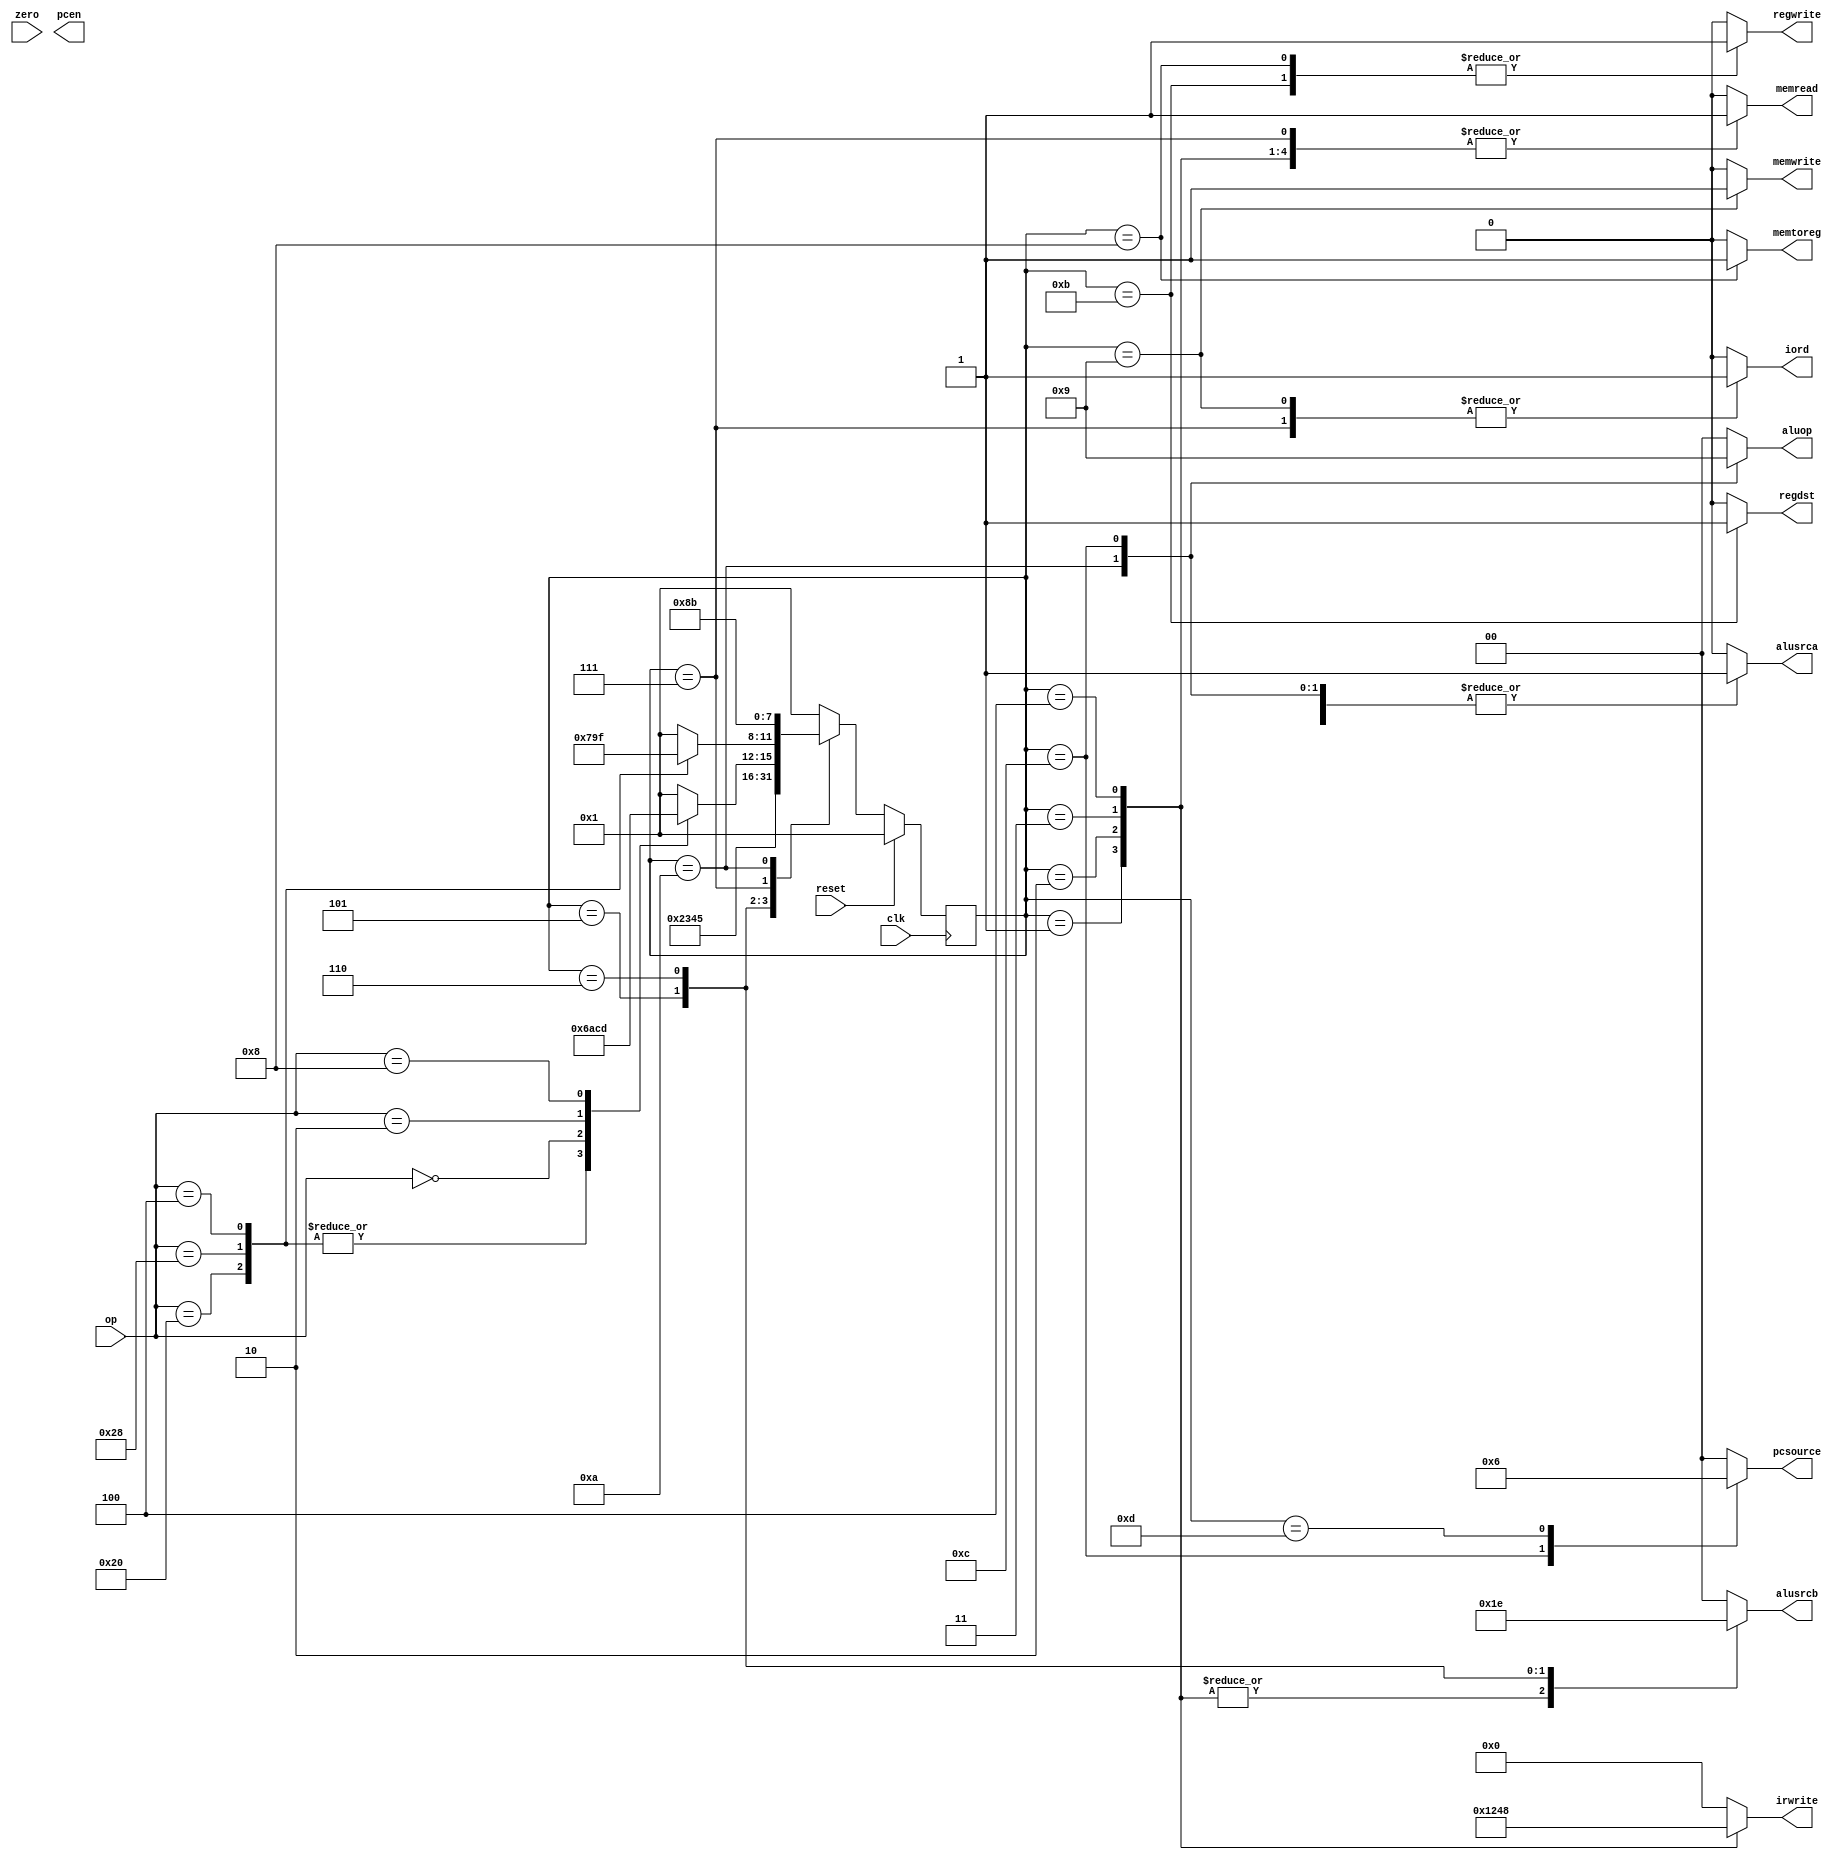
`timescale 1ns/10ps
module controller(clk, reset, op, zero, memread, memwrite, alusrca, memtoreg, iord, pcen, regwrite, regdst, pcsource, alusrcb, aluop, irwrite) ;

   // INPUTS (3)
   input  [5:0]   op         ;	// OPCODE
   input          clk, reset ;
   input          zero       ;
   

   // OUTPUTS (12)
   output         alusrca    ;	// ALUSrcA
   output [1:0]   alusrcb    ;	// ALUSrcB
   output [1:0]   aluop      ;	// ALUOp
//   output         branch     ;	// Branch
   output         iord       ;	// IorD
   output [3:0]   irwrite    ;	// irwrite [0] = IRWrite0, irwrite[1] = IRWrite1, etc.
   output         memread    ;	// MemRead
   output         memwrite   ;	// MemWrite
   output         memtoreg   ;	// MemtoReg
//   output         pcwrite    ;	// PCWrite
   output [1:0]   pcsource   ;	// PCSrc
   output         regwrite   ;	// RegWrite
   output	  regdst     ;	// RegDst
   output         pcen       ;

   // REGISTERS
   reg 	       alusrca    ;
   reg [1:0]   alusrcb    ;	// ALUSrcB
   reg [1:0]   aluop      ;	// ALUOp
   reg         branch     ;	// Branch
   reg         iord       ;	// IorD
   reg [3:0]   irwrite    ;	// irwrite [0] = IRWrite0, irwrite[1] = IRWrite1, etc.
   reg         memread    ;	// MemRead
   reg         memwrite   ;	// MemWrite
   reg         memtoreg   ;	// MemtoReg
   reg [1:0]   pcsource   ;
   reg         regwrite   ;	// PCSrc
   reg	       regdst     ;
   // TODO


   // STATES (12)
   //
   parameter      FETCH1  =  4'b0001;	// state 0
   parameter      FETCH2  =  4'b0010;	// state 1
   parameter      FETCH3  =  4'b0011;	// state 2 
   parameter      FETCH4  =  4'b0100;	// state 3
   parameter      DECODE  =  4'b0101;   // state 4
   parameter      MEMADR  =  4'b0110;	// state 5
   parameter      LBRD    =  4'b0111;	// state 6
   parameter      LBWR    =  4'b1000;	// state 7
   parameter      SBWR    =  4'b1001;	// state 8
   parameter      RTYPEEX =  4'b1010;	// state 9
   parameter      RTYPEWR =  4'b1011;	// state 10
   parameter      BEQEX   =  4'b1100;	// state 11
   parameter      JEX     =  4'b1101;	// state 12
   parameter      ADDIWR  =  4'b1111;

   // OPCODES  -- Make input decoding simpler
   // 
   parameter      LB      =  6'b100000;	// load byte
   parameter      SB      =  6'b101000; // store byte
   parameter      RTYPE   =  6'b0; // TODO - see lecture 4b 
   parameter      BEQ     =  6'b000010; // TODO
   parameter      J       =  6'b001000; // TODO
   parameter      ADDI    =  6'b000100;

   // STATE REGISTERS
   reg [3:0] state, nextstate;
   reg pcwrite, pcwritecond;

   // state register
   always @(posedge clk)
    if(reset)state <= FETCH1;
    else state <= nextstate;
      // TODO
	
   // next state logic
   always @(*)
    begin
     case(state)
      FETCH1 : nextstate <= FETCH2;
      FETCH2 : nextstate <= FETCH3;
      FETCH3 : nextstate <= FETCH4;
      FETCH4 : nextstate <= DECODE;
      DECODE : case(op)
                LB : nextstate <= MEMADR;
                SB : nextstate <= MEMADR;
                ADDI : nextstate <= MEMADR;
                RTYPE : nextstate <= RTYPEEX;
                BEQ : nextstate <= BEQEX;
                J : nextstate <= JEX;
                default : nextstate <= FETCH1;
               endcase
      MEMADR : case(op)
                LB : nextstate <= LBRD;
                SB : nextstate <= SBWR;
                ADDI : nextstate <= ADDIWR;
                default : nextstate <= FETCH1;
               endcase
      LBRD   : nextstate <= LBWR;
      LBWR   : nextstate <= FETCH1;
      SBWR   : nextstate <= FETCH1;
      RTYPEEX: nextstate <= RTYPEWR;
      RTYPEWR: nextstate <= FETCH1;
      BEQEX  : nextstate <= FETCH1;
      JEX    : nextstate <= FETCH1;
      ADDIWR : nextstate <= FETCH1;
      default: nextstate <= FETCH1;
     endcase
    end

      // TODO

   // registered outputs
   always @(*)
    begin
     irwrite <= 4'b0000;
     pcwrite <= 0; pcwrite <=0;
     regwrite <= 0; regdst <= 0;
     memread <= 0; memwrite <= 0;
     alusrca <= 0; alusrcb <= 2'b00;
     aluop <= 2'b00; pcsource <= 2'b00;
     iord <= 0; memtoreg <= 0;
     branch <= 0;
     case(state)
      FETCH1:
       begin
        memread <= 1;
        irwrite <= 4'b0001;
        alusrcb <= 2'b01;
        pcwrite <= 1;
       end
      FETCH2:
       begin
        memread <= 1;
        irwrite <= 4'b0010;
        alusrcb <= 2'b01;
        pcwrite <= 1;
       end
      FETCH3:
       begin
        memread <= 1;
        irwrite <= 4'b0100;
        alusrcb <= 2'b01;
        pcwrite <= 1;
       end
      FETCH4:
       begin
        memread <= 1;
        irwrite <= 4'b1000;
        alusrcb <= 2'b01;
        pcwrite <= 1;
       end
      DECODE: alusrcb <= 2'b11;
      MEMADR: 
       begin
        alusrca <= 1;
        alusrcb <= 2'b10;
        aluop <= 2'b00;
       end
      LBRD:
       begin
        memread <= 1;
        iord <= 1;
       end
      LBWR:
       begin
        regdst <= 0; 
        regwrite <= 1;
        memtoreg <= 1;
       end
      SBWR:
       begin
        memwrite <= 1;
        iord <= 1;
       end
      ADDIWR:
       begin
        alusrca <= 0;
       end
      RTYPEEX:
       begin
        alusrca <= 1;
        alusrcb <= 2'b00;
        aluop <= 2'b10;
       end
      RTYPEWR:
       begin
        regdst <= 1;
        regwrite <= 1; 
        memtoreg <= 0;
       end
      BEQEX:
       begin
        alusrca <= 1;
        alusrcb <= 2'b00;
        aluop <= 2'b01;
        branch <= 1;
        pcsource <= 2'b01;
       end
      JEX:
       begin
        pcwrite <= 1;
        pcsource <= 2'b10;
       end
     endcase
   end
      
      // TODO
   
endmodule